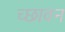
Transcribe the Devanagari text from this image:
च्छावन